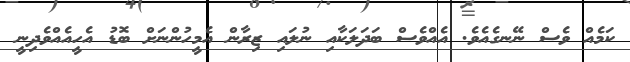
ކަމެއް ވެސް ނޭނގެއެވެ. އެއްވެސް ބަދަލަކާއި ނުލައި ޒިރާން އެމީހުންނަށް ބޮޑު އެހީއެއްވެދިނީ